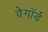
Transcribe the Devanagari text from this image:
वेगॉर्ड